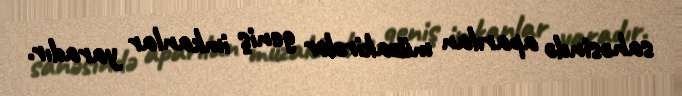
sahəsində aparılan müzakirələr geniş imkanlar yaradır.